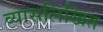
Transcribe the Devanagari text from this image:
व्यासलिखित